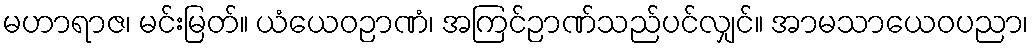
မဟာရာဇ၊ မင်းမြတ်။ ယံယေဝဉာဏံ၊ အကြင်ဉာဏ်သည်ပင်လျှင်။ အာမသာယေဝပညာ၊